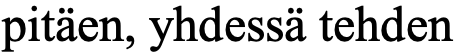
pitäen, yhdessä tehden